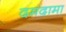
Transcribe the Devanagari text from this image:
दमदामा